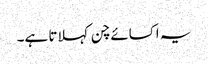
یہ اکسائے چن کہلاتا ہے۔